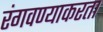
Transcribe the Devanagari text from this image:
रंगवण्याकरता